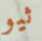
ثيو